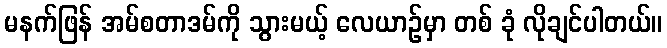
မနက်ဖြန် အမ်စတာဒမ်ကို သွားမယ့် လေယာဉ်မှာ တစ် ခုံ လိုချင်ပါတယ်။